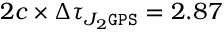
2 c \times \Delta \tau _ { J _ { 2 } \tt G P S } = 2 . 8 7